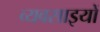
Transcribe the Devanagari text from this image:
व्यवसाइयों